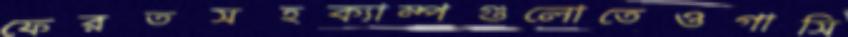
ফেরতসহক্যাম্পগুলোতেওগাসি